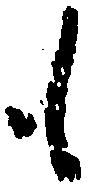
も